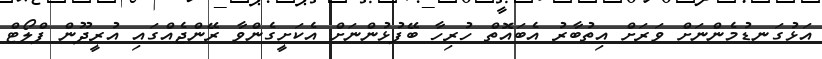
އަޅުގަނޑުމެންނަށް ވަރަށް އިތުބާރު އެބައޮތް ހުރިހާ ބޭފުޅުންނަށް އެކަށީގެންވާ ރޭންޖެއްގައި އުރީދޫން ފްލޯޓް